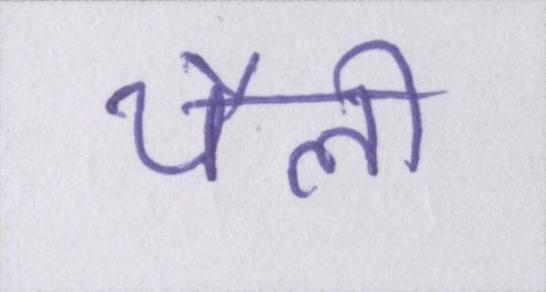
थैली